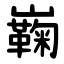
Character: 巈